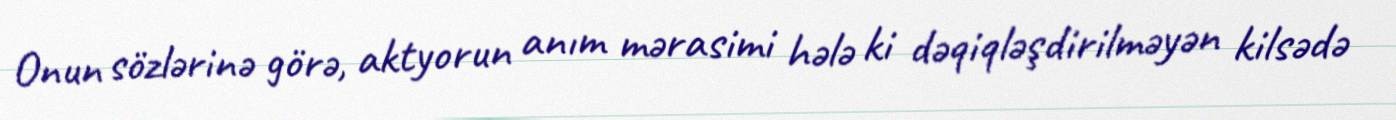
Onun sözlərinə görə, aktyorun anım mərasimi hələ ki dəqiqləşdirilməyən kilsədə